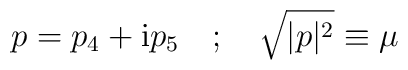
p = p_4 + {\rm i} p_5 \quad ; \quad \sqrt{|p|^2} \equiv \mu